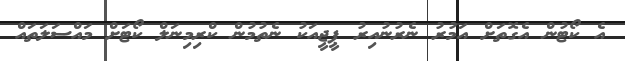
އެ ކޯޓުން އެގޮތަށް އަމުރު ނެރުނުއިރު ޕީޖީއަކު ނެތުމުން ކްރިމިނަލް ކޯޓަށް މައްސަލަތައް